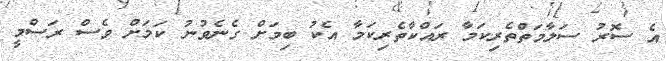
އެ ސޮރު ސަލާމަތްތެރިކަމާ ރައްކާތެރިކަމާ އެކު ބިމަށް ގެނެވުނު ކަމަށް ވެސް ރަސްމީ